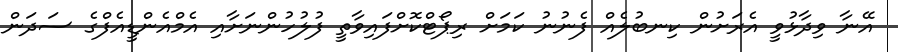
އޭނާ ވިދާޅުވީ އެރަށުން ކިނބުލެއް ފެނުނު ކަމަށް ރިޕޯޓްކޮށްފައިވާތީ ފުލުހުންނަށާއި އެމްއެންޑީއެފްގެ ސަދަން